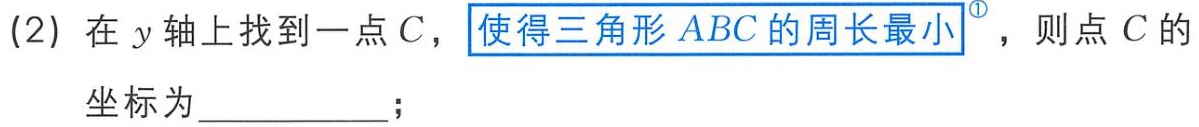
(2) 在 \(y\) 轴上找到一点 \(C\)，使得三角形 \(ABC\) 的周长最小，则点 \(C\) 的坐标为  ；